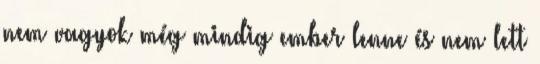
nem vagyok még mindig ember lenne és nem lett